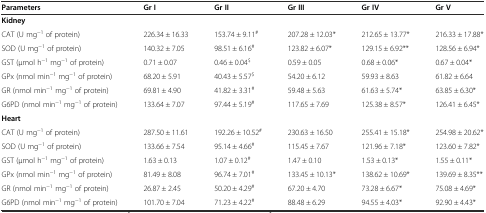
<table><thead><tr><td><b>Parameters</b></td><td><b>Gr I</b></td><td><b>Gr II</b></td><td><b>Gr III</b></td><td><b>Gr IV</b></td><td><b>Gr V</b></td></tr></thead><tbody><tr><td><b>Kidney</b></td><td></td><td></td><td></td><td></td><td></td></tr><tr><td>CAT (U mg<sup>−1</sup> of protein)</td><td>226.34 ± 16.33</td><td>153.74 ± 9.11<sup>#</sup></td><td>207.28 ± 12.03*</td><td>212.65 ± 13.77*</td><td>216.33 ± 17.88*</td></tr><tr><td>SOD (U mg<sup>−1</sup> of protein)</td><td>140.32 ± 7.05</td><td>98.51 ± 6.16<sup>#</sup></td><td>123.82 ± 6.07*</td><td>129.15 ± 6.92**</td><td>128.56 ± 6.94*</td></tr><tr><td>GST (μmol h<sup>−1</sup> mg<sup>−1</sup> of protein)</td><td>0.71 ± 0.07</td><td>0.46 ± 0.04<sup>$</sup></td><td>0.59 ± 0.05</td><td>0.68 ± 0.06*</td><td>0.67 ± 0.04*</td></tr><tr><td>GPx (nmol min<sup>−1</sup> mg<sup>−1</sup> of protein)</td><td>68.20 ± 5.91</td><td>40.43 ± 5.57<sup>$</sup></td><td>54.20 ± 6.12</td><td>59.93 ± 8.63</td><td>61.82 ± 6.64</td></tr><tr><td>GR (nmol min<sup>−1</sup> mg<sup>−1</sup> of protein)</td><td>69.81 ± 4.90</td><td>41.82 ± 3.31<sup>#</sup></td><td>59.48 ± 5.63</td><td>61.63 ± 5.74*</td><td>63.85 ± 6.30*</td></tr><tr><td>G6PD (nmol min<sup>−1</sup> mg<sup>−1</sup> of protein)</td><td>133.64 ± 7.07</td><td>97.44 ± 5.19<sup>#</sup></td><td>117.65 ± 7.69</td><td>125.38 ± 8.57*</td><td>126.41 ± 6.45*</td></tr><tr><td><b>Heart</b></td><td></td><td></td><td></td><td></td><td></td></tr><tr><td>CAT (U mg<sup>−1</sup> of protein)</td><td>287.50 ± 11.61</td><td>192.26 ± 10.52<sup>#</sup></td><td>230.63 ± 16.50</td><td>255.41 ± 15.18*</td><td>254.98 ± 20.62*</td></tr><tr><td>SOD (U mg<sup>−1</sup> of protein)</td><td>133.66 ± 7.54</td><td>95.14 ± 4.66<sup>#</sup></td><td>115.45 ± 7.67</td><td>121.96 ± 7.18*</td><td>123.60 ± 7.82*</td></tr><tr><td>GST (μmol h<sup>−1</sup> mg<sup>−1</sup> of protein)</td><td>1.63 ± 0.13</td><td>1.07 ± 0.12<sup>#</sup></td><td>1.47 ± 0.10</td><td>1.53 ± 0.13*</td><td>1.55 ± 0.11*</td></tr><tr><td>GPx (nmol min<sup>−1</sup> mg<sup>−1</sup> of protein)</td><td>81.49 ± 8.08</td><td>96.74 ± 7.01<sup>#</sup></td><td>133.45 ± 10.13*</td><td>138.62 ± 10.69*</td><td>139.69 ± 8.35**</td></tr><tr><td>GR (nmol min<sup>−1</sup> mg<sup>−1</sup> of protein)</td><td>26.87 ± 2.45</td><td>50.20 ± 4.29<sup>#</sup></td><td>67.20 ± 4.70</td><td>73.28 ± 6.67*</td><td>75.08 ± 4.69*</td></tr><tr><td>G6PD (nmol min<sup>−1</sup> mg<sup>−1</sup> of protein)</td><td>101.70 ± 7.04</td><td>71.23 ± 4.22<sup>#</sup></td><td>88.48 ± 6.29</td><td>94.55 ± 4.03*</td><td>92.90 ± 4.43*</td></tr></tbody></table>